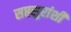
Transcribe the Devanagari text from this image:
सप्तसुरांशी